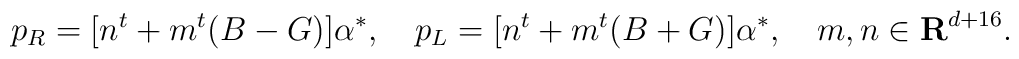
p_R = [n^t + m^t(B-G)]{\alpha}^* , \ \ \  p_L = [n^t + m^t(B+G)]{\alpha}^*,\ \ \ m,n\in{\bf R}^{d+16}.